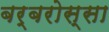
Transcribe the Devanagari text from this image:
बर्बरोस्सा